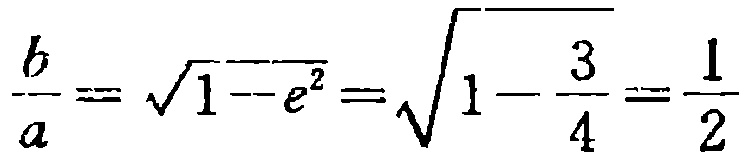
$\frac{b}{a}=\sqrt{1 - e^{2}}=\sqrt{1 - \frac{3}{4}}=\frac{1}{2}$